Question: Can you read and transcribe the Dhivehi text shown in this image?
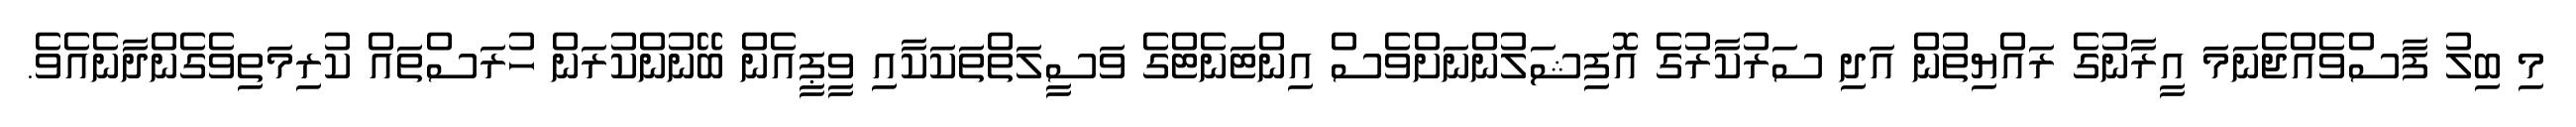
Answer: މި ބިލު ފާސްވެއްޖެނަމަ އީރާނުގެ ރައްޔިތުން އަދި ސަރުކާރުގެ އޮފިޝަލުންނަށްވެސް އިންޓަނެޓްގެ ވަސީލަތްތަކަކާއި ވީޕީއެން ބޭނުންކުރަން ހުރަސްތައް ކުރިމަތިވެގެންދާނެއެވެ.